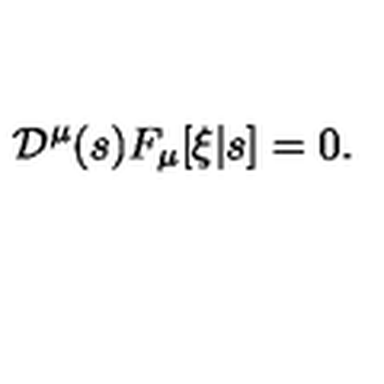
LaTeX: { \cal D } ^ { \mu } ( s ) F _ { \mu } [ \xi | s ] = 0 .